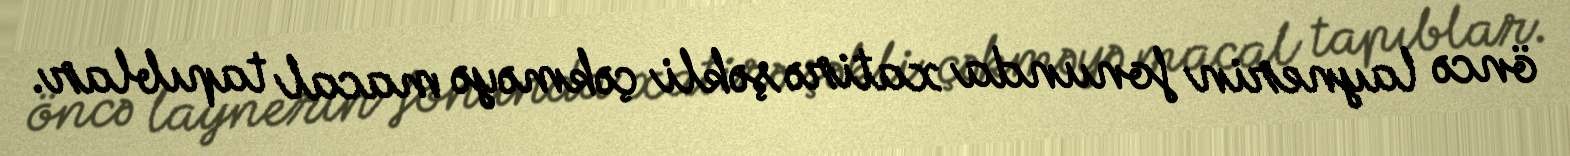
öncə laynerin fonunda xatirə şəkli çəkməyə macal tapıblar.